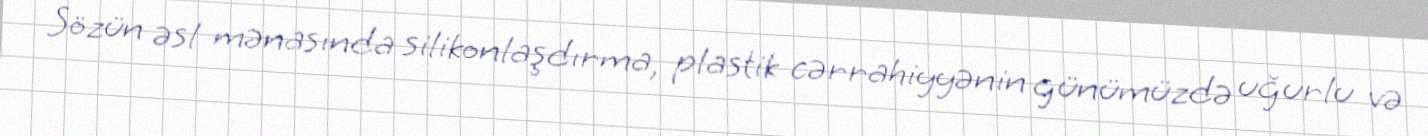
Sözün əsl mənasında silikonlaşdırma, plastik cərrahiyyənin günümüzdə uğurlu və